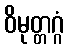
ဝိမုတ္တဂ္ဂံ